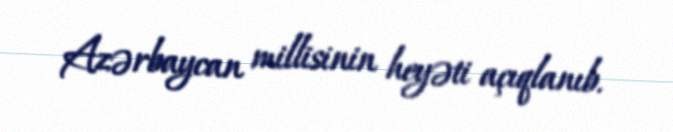
Azərbaycan millisinin heyəti açıqlanıb.